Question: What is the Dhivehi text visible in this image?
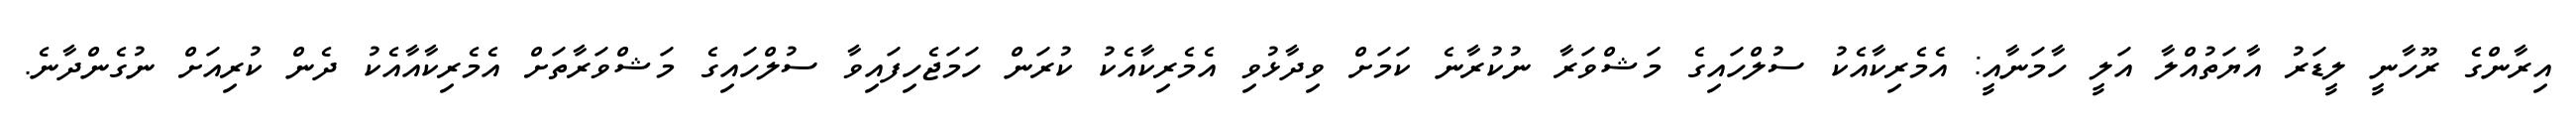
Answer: އިރާންގެ ރޫހާނީ ލީޑަރު އާޔަތުއްލާ އަލީ ހާމަނާއީ: އެމެރިކާއެކު ސުލްހައިގެ މަޝްވަރާ ނުކުރާނެ ކަމަށް ވިދާޅުވި އެމެރިކާއެކު ކުރަން ހަމަޖެހިފައިވާ ސުލްހައިގެ މަޝްވަރާތަށް އެމެރިކާއާއެކު ދެން ކުރިއަށް ނުގެންދާނެ.